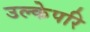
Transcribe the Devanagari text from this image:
उल्केपरि